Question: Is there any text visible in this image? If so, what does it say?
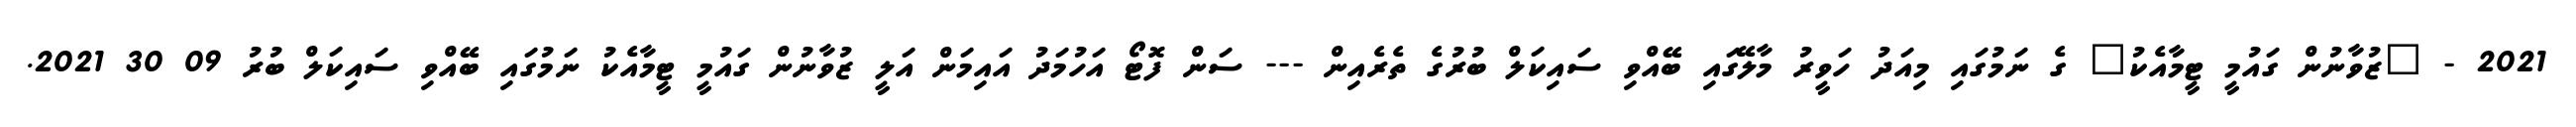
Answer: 2021 - "ޒުވާނުން ގައުމީ ޓީމާއެކު" ގެ ނަމުގައި މިއަދު ހަވީރު މާލޭގައި ބޭއްވި ސައިކަލް ބުރުގެ ތެރެއިން --- ސަން ފޮޓޯ އަހުމަދު އައިމަން އަލީ ޒުވާނުން ގައުމީ ޓީމާއެކު ނަމުގައި ބޭއްވި ސައިކަލް ބުރު 09 30 2021.